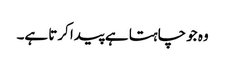
وہ جو چاہتا ہے پیدا کرتا ہے۔